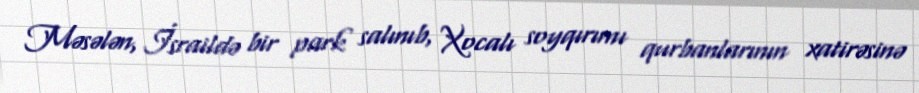
Məsələn, İsraildə bir park salınıb, Xocalı soyqırımı qurbanlarının xatirəsinə